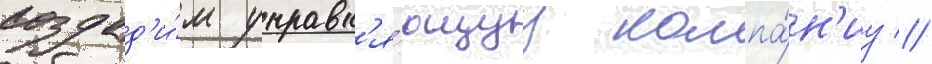
создад'и́м управл'я́ющуу компа́н'иу //